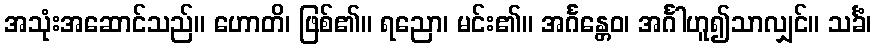
အသုံးအဆောင်သည်။ ဟောတိ၊ ဖြစ်၏။ ရညော၊ မင်း၏။ အင်္ဂန္တေဝ၊ အင်္ဂါဟူ၍သာလျှင်။ သင်္ခံ၊